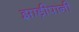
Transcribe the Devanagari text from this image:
झाड़ीपानी